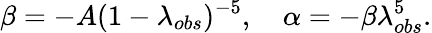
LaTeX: \beta=-A(1-\lambda_{obs})^{-5},\quad\alpha=-\beta\lambda_{obs}^{5}.